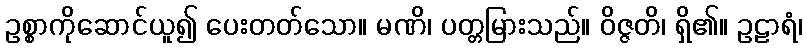
ဥစ္စာကိုဆောင်ယူ၍ ပေးတတ်သော။ မဏိ၊ ပတ္တမြားသည်။ ဝိဇ္ဇတိ၊ ရှိ၏။ ဥဠာရံ၊